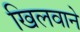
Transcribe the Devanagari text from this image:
खिलवाने